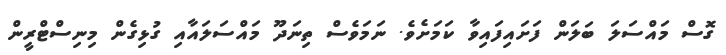
ގޮސް މައްސަލަ ބަލަން ފަށައިފައިވާ ކަމަށެވެ. ނަމަވެސް ތިނަދޫ މައްސަލައާއި ގުޅިގެން މިނިސްޓްރީން